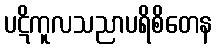
ပဋိကူလသညာပရိစိတေန